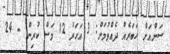
ސަންއަށް ޚަބަރެއް ދެއްވުމަށް: 3 އަހަރު 12 މަސް ކުރިން - 24